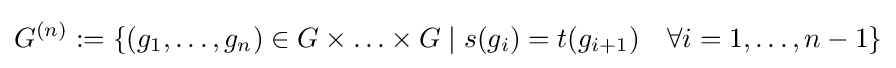
G^{(n)}:=\{(g_{1},\ldots ,g_{n})\in G\times \ldots \times G\mid s(g_{i})=t(g_{i+1})\quad \forall i=1,\ldots ,n-1\}